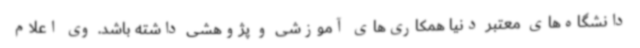
دانشگاه‌های معتبر دنیا همکاری‌های آموزشی و پژوهشی داشته باشد. وی اعلام